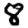
Digit: 8